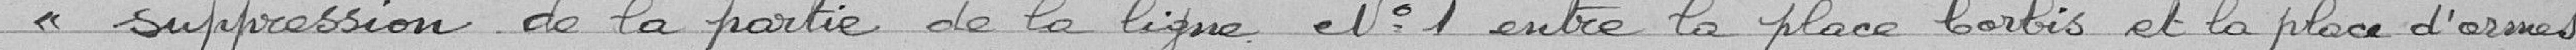
« suppression de la partie de la ligne N° 1 entre la place Corbis et la place d'armes